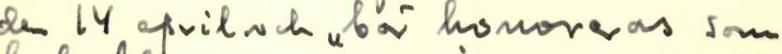
den 14 april och ,, bär honoreras som